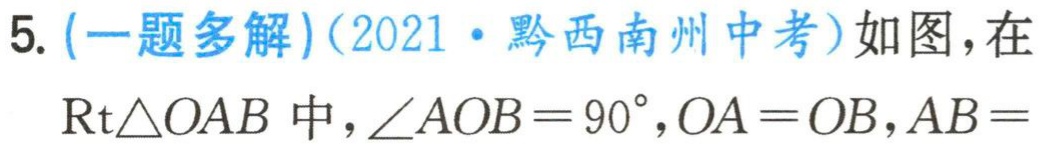
5. (一题多解)(2021·黔西南州中考)如图，在
$\text{Rt}\triangle OAB$ 中，$\angle AOB = 90^{\circ},OA = OB,AB =$